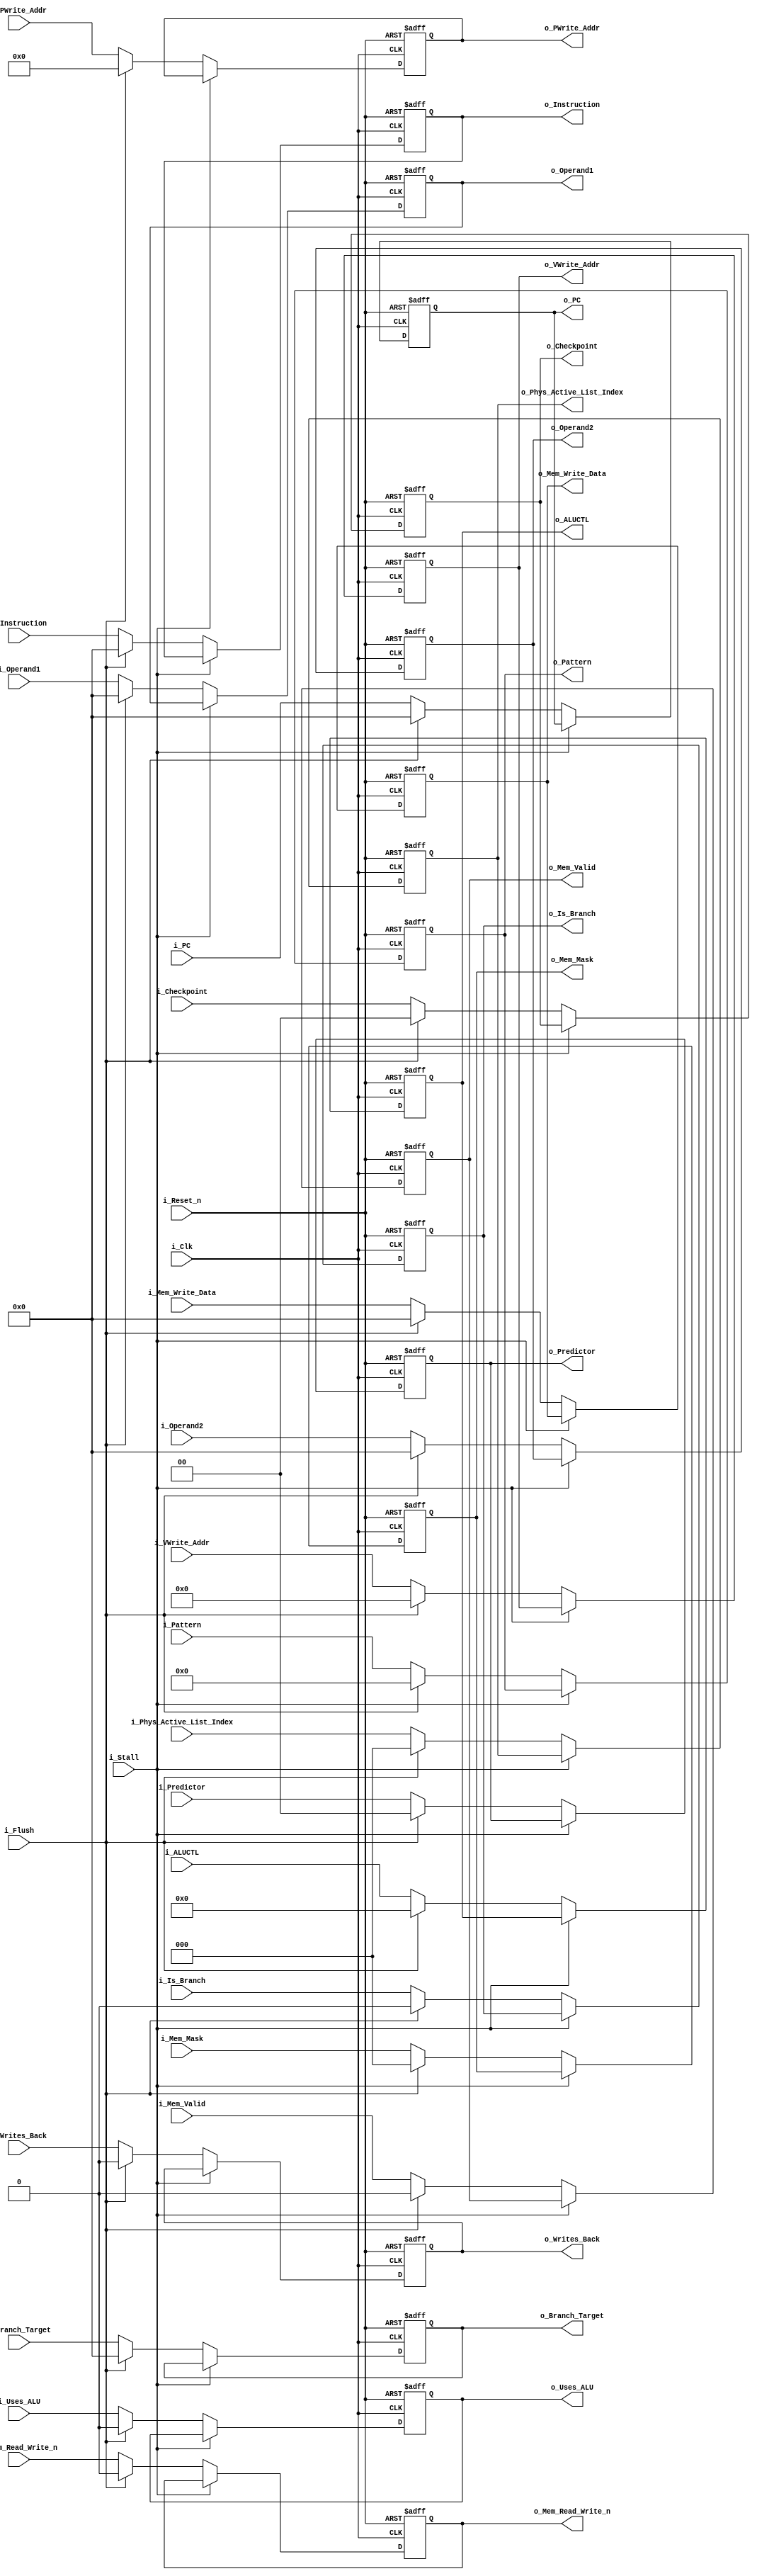
module pipe_dec_ex	#(					
						parameter ADDRESS_WIDTH = 32,
						parameter DATA_WIDTH = 32,
						parameter REG_ADDR_WIDTH = 5,
						parameter ALU_CTLCODE_WIDTH = 8,
						parameter MEM_MASK_WIDTH = 3,
						parameter COUNT_SIZE = 4,
						parameter FREE_LIST_WIDTH = 3,
						parameter CHECKPOINT_WIDTH = 2
					)							
					(	
						// Inputs
						input i_Clk,
						input i_Reset_n,	// Async reset (highest priority)
						input i_Flush,			// Flush (2nd highest priority)
						input i_Stall,		// Stall (lowest priority)
						
							// Pipe in/out
						input [ADDRESS_WIDTH-1:0] i_PC,
						output reg [ADDRESS_WIDTH-1:0] o_PC,
						input [DATA_WIDTH-1:0] i_Instruction,
						output reg [DATA_WIDTH-1:0] o_Instruction,
						input i_Uses_ALU,
						output reg o_Uses_ALU,
						input [ALU_CTLCODE_WIDTH-1:0] i_ALUCTL,
						output reg [ALU_CTLCODE_WIDTH-1:0] o_ALUCTL,
						input i_Is_Branch,
						output reg o_Is_Branch,
						input i_Mem_Valid,
						output reg o_Mem_Valid,
						input [MEM_MASK_WIDTH-1:0] i_Mem_Mask,
						output reg [MEM_MASK_WIDTH-1:0] o_Mem_Mask,
						input i_Mem_Read_Write_n,
						output reg o_Mem_Read_Write_n,
						input [DATA_WIDTH-1:0] i_Mem_Write_Data,
						output reg [DATA_WIDTH-1:0] o_Mem_Write_Data,
						input i_Writes_Back,
						output reg o_Writes_Back,
						input [REG_ADDR_WIDTH-1:0] i_VWrite_Addr,
						output reg [REG_ADDR_WIDTH-1:0] o_VWrite_Addr,
						input [REG_ADDR_WIDTH:0] i_PWrite_Addr,
						output reg [REG_ADDR_WIDTH:0] o_PWrite_Addr,
						input [FREE_LIST_WIDTH-1:0] i_Phys_Active_List_Index,
						output reg [FREE_LIST_WIDTH-1:0] o_Phys_Active_List_Index,
						input [DATA_WIDTH-1:0] i_Operand1,
						output reg [DATA_WIDTH-1:0] o_Operand1,
						input [DATA_WIDTH-1:0] i_Operand2,
						output reg [DATA_WIDTH-1:0] o_Operand2,
						input [ADDRESS_WIDTH-1:0] i_Branch_Target,
						output reg [ADDRESS_WIDTH-1:0] o_Branch_Target,
						input [1:0] i_Predictor,
						output reg [1:0] o_Predictor,
						input [COUNT_SIZE-1:0] i_Pattern,
						output reg [COUNT_SIZE-1:0] o_Pattern,
						input [CHECKPOINT_WIDTH-1:0] i_Checkpoint,
						output reg [CHECKPOINT_WIDTH-1:0] o_Checkpoint
					);
		
		// Asynchronous output driver
	always @(posedge i_Clk or negedge i_Reset_n)
	begin
		if( !i_Reset_n )
		begin
			// Initialize outputs to 0s
			o_PC <= 0;
			o_Instruction <= 0;
			o_Uses_ALU <= 0;
			o_ALUCTL <= 0;
			o_Is_Branch <= 0;
			o_Mem_Valid <= 0;
			o_Mem_Read_Write_n <= 0;
			o_Writes_Back <= 0;
			o_VWrite_Addr <= 0;
			o_PWrite_Addr <= 0;
			o_Operand1 <= 0;
			o_Operand2 <= 0;
			o_Branch_Target <= 0;
			o_Mem_Write_Data <= 0;
			o_Mem_Mask <= 0;
			o_Predictor <= 0;
			o_Pattern <= 0;
			o_Phys_Active_List_Index <= 0;
			o_Checkpoint <= 0;
		end
		else
		begin
			if( !i_Stall )
			begin
				if( i_Flush )
				begin
					// Pass through all 0s
					o_PC <= 0;
					o_Instruction <= 0;
					o_Uses_ALU <= 0;
					o_ALUCTL <= 0;
					o_Is_Branch <= 0;
					o_Mem_Valid <= 0;
					o_Mem_Read_Write_n <= 0;
					o_Writes_Back <= 0;
					o_VWrite_Addr <= 0;
					o_PWrite_Addr <= 0;
					o_Operand1 <= 0;
					o_Operand2 <= 0;
					o_Branch_Target <= 0;
					o_Pattern <= 0;
					o_Predictor <= 0;
					o_Mem_Write_Data <= 0;
					o_Mem_Mask <= 0;
					o_Phys_Active_List_Index <= 0;
					o_Checkpoint <= 0;
				end
				else
				begin
					// Pass through signals
					o_PC <= i_PC;
					o_Instruction <= i_Instruction;
					o_Uses_ALU <= i_Uses_ALU;
					o_ALUCTL <= i_ALUCTL;
					o_Is_Branch <= i_Is_Branch;
					o_Mem_Valid <= i_Mem_Valid;
					o_Mem_Mask <= i_Mem_Mask;
					o_Mem_Read_Write_n <= i_Mem_Read_Write_n;
					o_Mem_Write_Data <= i_Mem_Write_Data;
					o_Writes_Back <= i_Writes_Back;
					o_VWrite_Addr <= i_VWrite_Addr;
					o_PWrite_Addr <= i_PWrite_Addr;
					o_Operand1 <= i_Operand1;
					o_Operand2 <= i_Operand2;
					o_Branch_Target <= i_Branch_Target;
					o_Pattern <= i_Pattern;
					o_Predictor <= i_Predictor;
					o_Phys_Active_List_Index <= i_Phys_Active_List_Index;
					o_Checkpoint <= i_Checkpoint;
				end
			end
		end
	end
	
endmodule